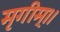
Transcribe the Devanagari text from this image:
मृगीम्।।